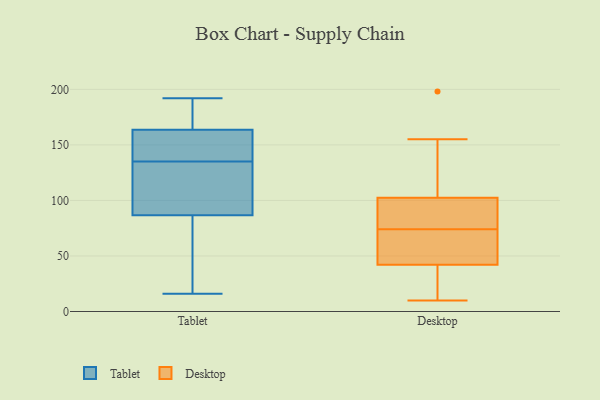
{"axis": {"x": "Demand Index", "y": "Value"}, "legend": ["Desktop", "Tablet"], "data": [{"x": "", "y": 92, "type": "Tablet"}, {"x": "", "y": 33, "type": "Tablet"}, {"x": "", "y": 172, "type": "Tablet"}, {"x": "", "y": 16, "type": "Tablet"}, {"x": "", "y": 119, "type": "Tablet"}, {"x": "", "y": 125, "type": "Tablet"}, {"x": "", "y": 161, "type": "Tablet"}, {"x": "", "y": 71, "type": "Tablet"}, {"x": "", "y": 135, "type": "Tablet"}, {"x": "", "y": 192, "type": "Tablet"}, {"x": "", "y": 142, "type": "Tablet"}, {"x": "", "y": 178, "type": "Tablet"}, {"x": "", "y": 151, "type": "Tablet"}, {"x": "", "y": 198, "type": "Desktop"}, {"x": "", "y": 105, "type": "Desktop"}, {"x": "", "y": 59, "type": "Desktop"}, {"x": "", "y": 33, "type": "Desktop"}, {"x": "", "y": 95, "type": "Desktop"}, {"x": "", "y": 48, "type": "Desktop"}, {"x": "", "y": 36, "type": "Desktop"}, {"x": "", "y": 10, "type": "Desktop"}, {"x": "", "y": 89, "type": "Desktop"}, {"x": "", "y": 56, "type": "Desktop"}, {"x": "", "y": 155, "type": "Desktop"}, {"x": "", "y": 100, "type": "Desktop"}]}